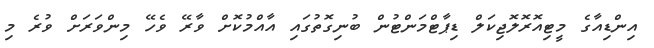
އިންޑިއާގެ މީޓިއޮރޮލޮޖިކަލް ޑިޕާޓްމަންޓުން ބުނިގޮތުގައި އާއްމުކޮށް ވާރޭ ވެހޭ މިންވަރަށް ވުރެ މި